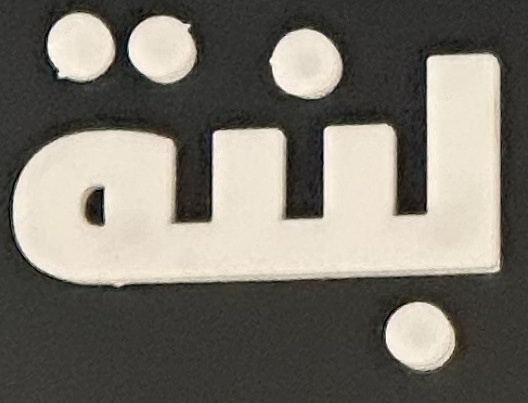
لبنة